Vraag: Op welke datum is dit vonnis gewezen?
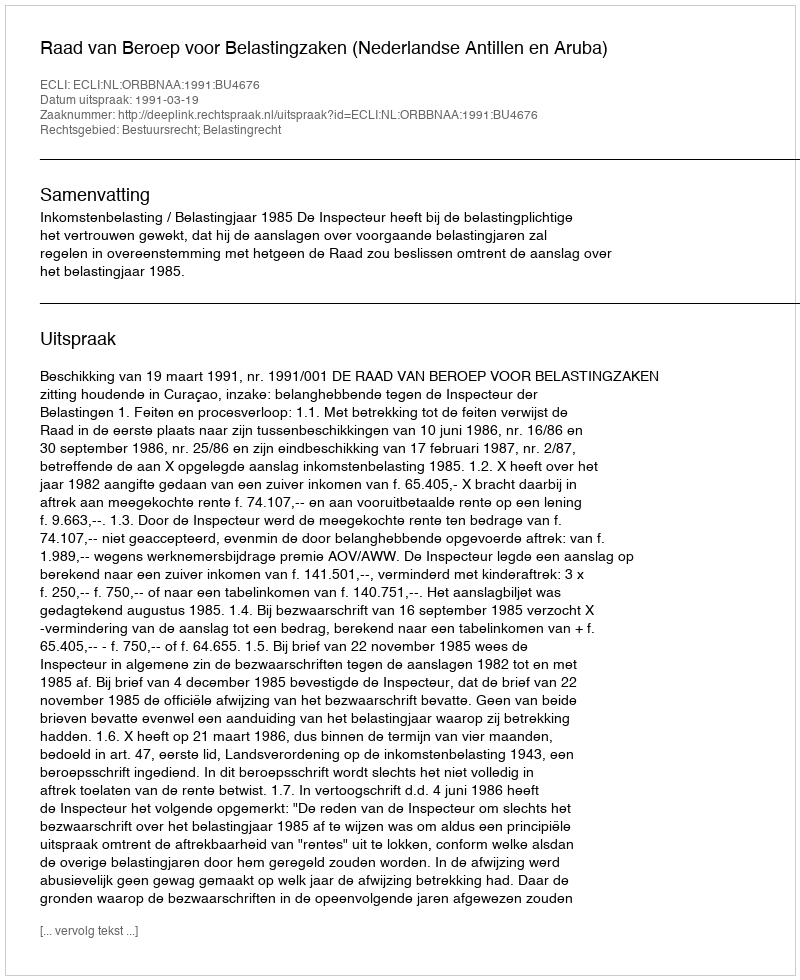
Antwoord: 1991-03-19